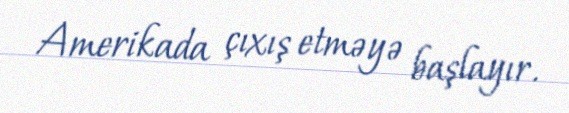
Amerikada çıxış etməyə başlayır.